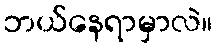
ဘယ်နေရာမှာလဲ။